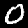
Label: 0